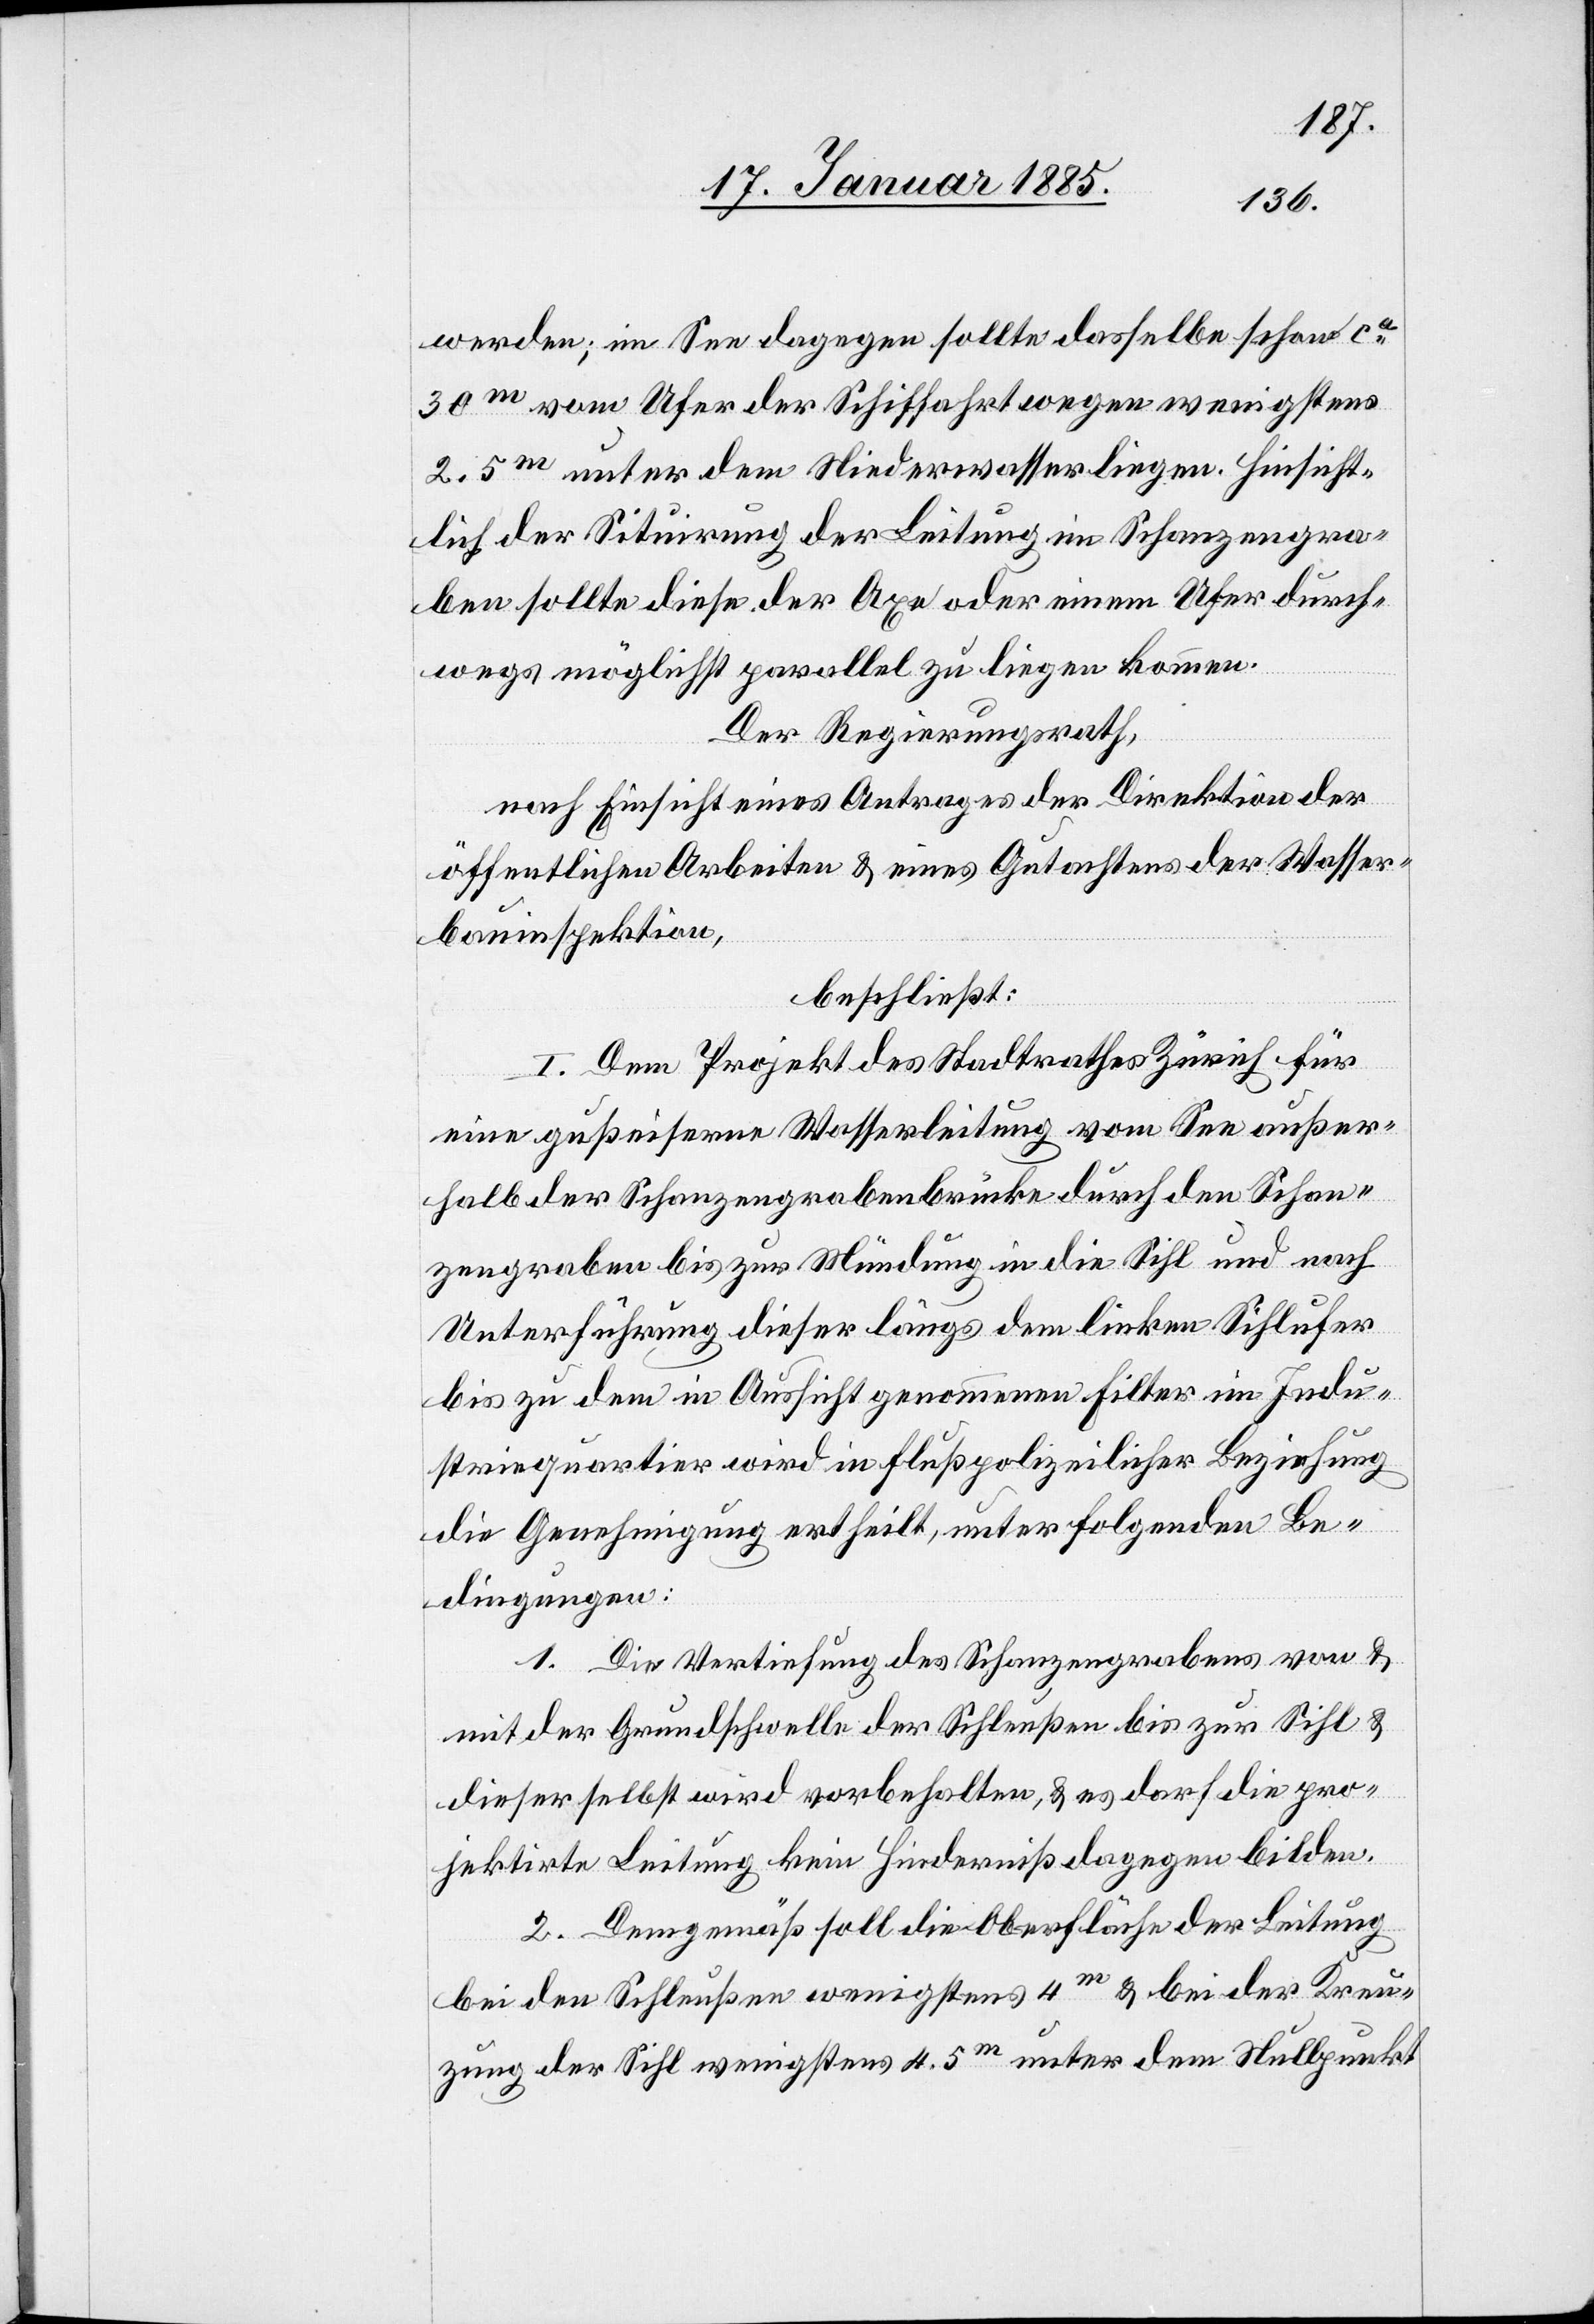
werden; im See dagegen sollte dasselbe schon ca
30m vom Ufer der Schiffahrt wegen wenigstens
2,5m unter dem Niederwasser liegen. Hinsicht¬
lich der Situirung der Leitung im Schanzengra¬
ben sollte diese der Axe oder einem Ufer durch¬
wegs möglichst parallel zu liegen kommen.
Der Regierungsrath,
nach Einsicht eines Antrages der Direktion der
öffentlichen Arbeiten & eines Gutachtens der Wasser¬
bauinspektion,
beschließt:
I. Dem Projekt des Stadtrathes Zürich für
eine grußeiserne Wasserleitung vom See außer¬
halb der Schanzengrabenbrücke durch den Schan¬
zengraben bis zur Mündung in die Sihl und nach
Unterführung dieser längs dem linken Sihlufer
bis zu dem in Aussicht genommenen Filter im Indu¬
striequartier wird in flußpolizeilicher Beziehung
die Genehmigung ertheilt, unter folgenden Be¬
dingungen:
1. Die Vertiefung des Schanzengrabens von &
mit der Grundschwelle der Schleußen bis zur Sihl &
dieser selbst wird vorbehalten, & es darf die pro¬
jektirte Leitung kein Hinderniß dagegen bilden.
2. Demgemäß soll die Oberfläche der Leitung
bei den Schleußen wenigstens 4m & bei der Kreu¬
zung der Sihl wenigstens 4,5m unter dem Nullpunkt